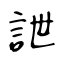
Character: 詍